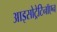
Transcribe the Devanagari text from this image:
आइसोट्रेटिनॉएन